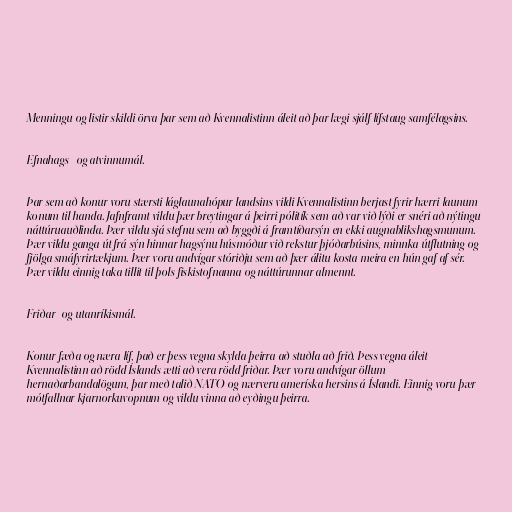
Menningu og listir skildi örva þar sem að Kvennalistinn áleit að þar lægi sjálf lífstaug samfélagsins.

Efnahags- og atvinnumál.

Þar sem að konur voru stærsti láglaunahópur landsins vildi Kvennalistinn berjast fyrir hærri launum
konum til handa. Jafnframt vildu þær breytingar á þeirri pólitík sem að var við lýði er snéri að nýtingu
náttúruauðlinda. Þær vildu sjá stefnu sem að byggði á framtíðarsýn en ekki augnablikshagsmunum.
Þær vildu ganga út frá sýn hinnar hagsýnu húsmóður við rekstur þjóðarbúsins, minnka útflutning og
fjölga smáfyrirtækjum. Þær voru andvígar stóriðju sem að þær álitu kosta meira en hún gaf af sér.
Þær vildu einnig taka tillit til þols fiskistofnanna og náttúrunnar almennt.

Friðar- og utanríkismál.

Konur fæða og næra líf, það er þess vegna skylda þeirra að stuðla að frið. Þess vegna áleit
Kvennalistinn að rödd Íslands ætti að vera rödd friðar. Þær voru andvígar öllum
hernaðarbandalögum, þar með talið NATO og nærveru ameríska hersins á Íslandi. Einnig voru þær
mótfallnar kjarnorkuvopnum og vildu vinna að eyðingu þeirra.